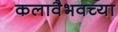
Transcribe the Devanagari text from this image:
कलावैभवच्या